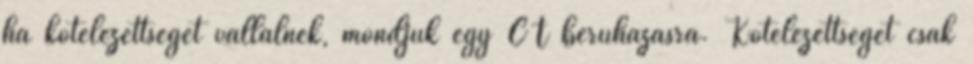
ha kötelezettséget vállalnék, mondjuk egy CT beruházásra. Kötelezettséget csak